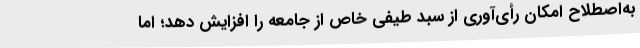
به‌اصطلاح امکان رأی‌آوری از سبد طیفی خاص از جامعه را افزایش دهد؛ اما